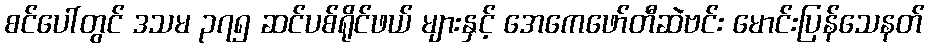
စင်ပေါ်တွင် ဒသမ ၃၇၅ ဆင်ပစ်ရိုင်ဖယ် များနှင့် အေကေဖော်တီဆဲဗင်း မောင်းပြန်သေနတ်